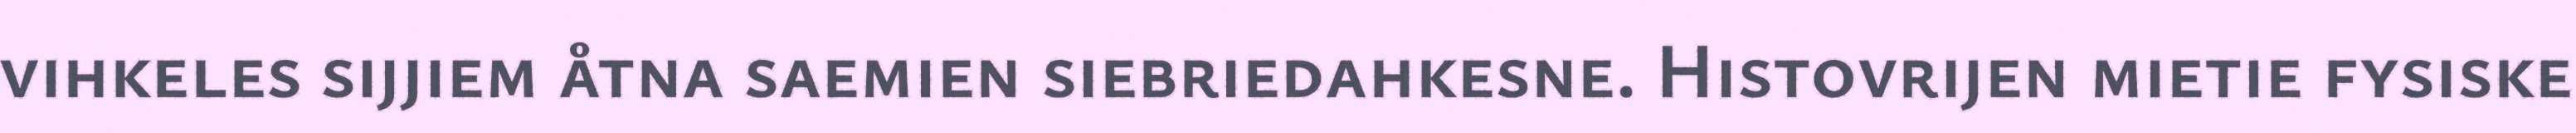
vihkeles sijjiem åtna saemien siebriedahkesne. Histovrijen mietie fysiske